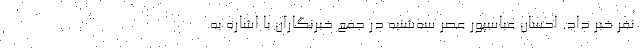
نفر خبر داد. احسان عباسپور عصر سه‌شنبه در جمع خبرنگاران با اشاره به